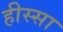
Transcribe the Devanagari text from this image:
हीस्सा